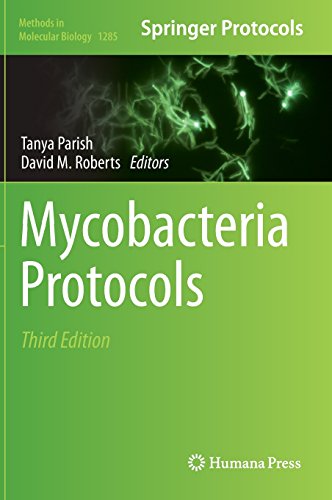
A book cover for Mycobacteria Protocols (Methods in Molecular Biology); Medical Books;